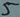
Text: 5